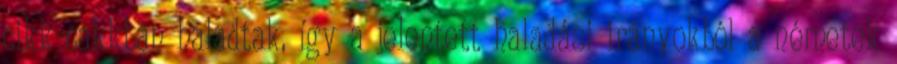
cikk-cakkban haladtak, így a jelentett haladási irányokból a németek